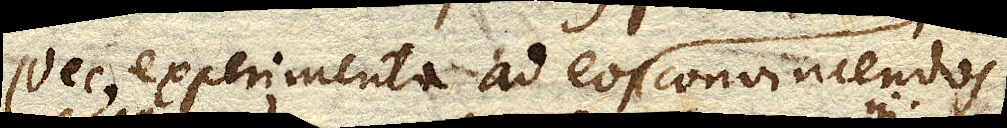
Nec experimenta ad eos convincendos